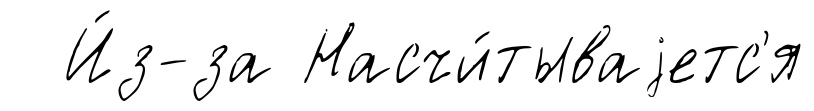
И́з-за Насчи́тываjетс'я